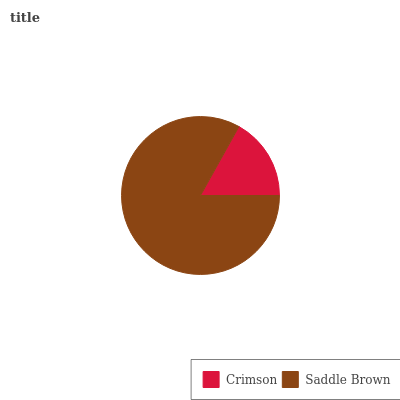
| Crimson | Saddle Brown |
 | --- | --- |
 | 16.9% | 83.1% |